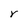
Character: r